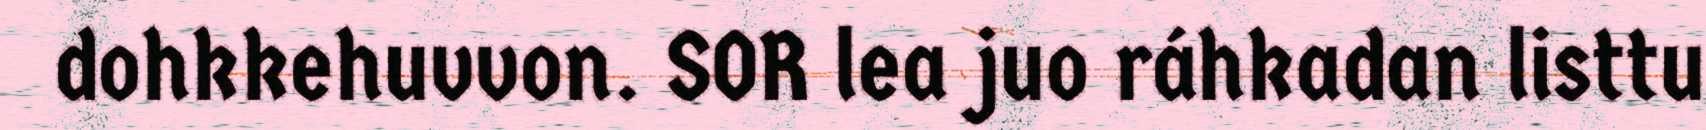
dohkkehuvvon. SOR lea juo ráhkadan listtu